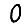
Digit: 0